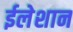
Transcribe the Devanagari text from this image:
ईलेशान